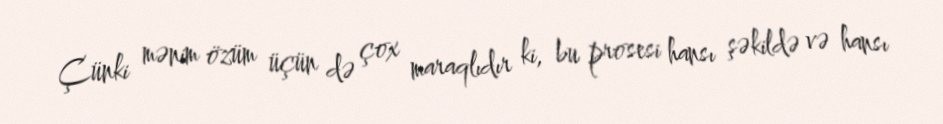
Çünki mənim özüm üçün də çox maraqlıdır ki, bu prosesi hansı şəkildə və hansı